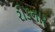
રોકનાર